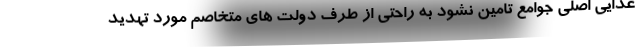
غذایی اصلی جوامع تامین نشود به راحتی از طرف دولت های متخاصم مورد تهدید